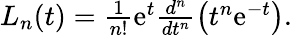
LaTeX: \begin{array}{r}{L_{n}(t)=\frac{1}{n!}\mathrm{e}^{t}\frac{d^{n}}{dt^{n}}\left(t^{n}\mathrm{e}^{-t}\right).}\end{array}